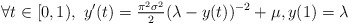
\begin{align*} \forall t \in [0,1), \ y'(t) = \tfrac{\pi^2 \sigma^2}{2}(\lambda - y(t))^{-2} + \mu, y(1) = \lambda\end{align*}